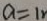
a = 1 r